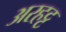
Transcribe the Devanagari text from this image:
अरहट्ट